Madras plague regulations and rules for district municipalities and other towns and villages
Disease focus: Plague
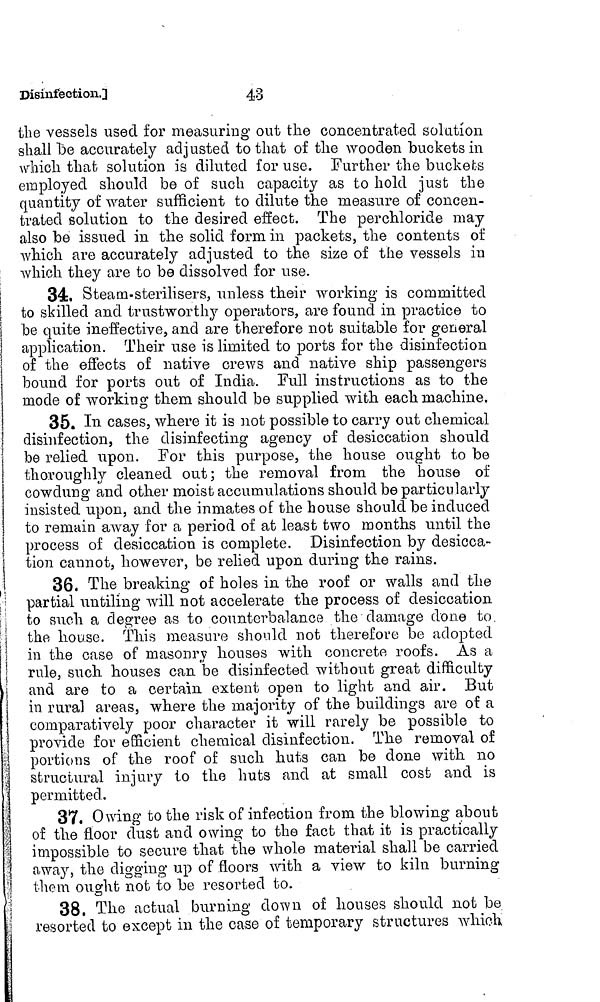
43
Disinfection.]
the vessels used for measuring out the concentrated solution
shall be accurately adjusted to that of the wooden buckets in
which that solution is diluted for use. Further the buckets
employed should be of such capacity as to hold just the
quantity of water sufficient to dilute the measure of concen-
trated solution to the desired effect. The perchloride may
also be issued in the solid form in packets, the contents of
which are accurately adjusted to the size of the vessels in
which they are to be dissolved for use.
34. Steam-sterilisers, unless their working is committed
to skilled and trustworthy operators, are found in practice to
be quite ineffective, and are therefore not suitable for general
application. Their use is limited to ports for the disinfection
of the effects of native crews and native ship passengers
bound for ports out of India. Pull instructions as to the
mode of working them should be supplied with each machine.
35. In cases, where it is not possible to carry out chemical
disinfection, the disinfecting agency of desiccation should
be relied upon. For this purpose, the house ought to bo
thoroughly cleaned out; the removal from the house of
cowdung and other moist accumulations should be particularly
insisted upon, and the inmates of the house should be induced
to remain away for a period of at least two months until the
process of desiccation is complete. Disinfection by desicca-
tion cannot, however, be relied upon during the rains.
36. The breaking of holes in the roof or walls and the
partial untiling will not accelerate the process of desiccation,
to such a degree as to counterbalance the damage done to.
the house. This measure should not therefore be adopted
in the case of masonry houses with concrete roofs. As a
rule, such houses can be disinfected without great difficulty
and are to a certain extent open to light and air. But
in rural areas, where the majority of the buildings are of a
comparatively poor character it will rarely be possible to
provide for efficient chemical disinfection. The removal of
portions of the roof of such huts can be done with no
structural injury to the huts and at small cost and is
permitted.
37. Owing to the risk of infection from the blowing about
! of the floor dust and owing to the fact that it is practically
1 impossible to secure that the whole material shall be carried
¡ away, the digging up of floors with a view to kiln burning
1 them ought not to be resorted to.
;
o
38. The actual burning down of houses should not be
! resorted to except in the case of temporary structures which